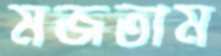
মজতাম